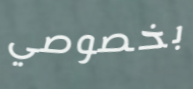
بخصوصي